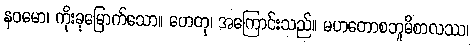
နဝမော၊ ကိုးခုမြောက်သော။ ဟေတု၊ အကြောင်းသည်။ မဟတောစဘူမိစာလဿ၊